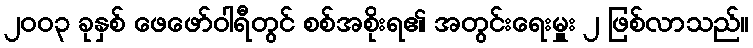
၂၀၀၃ ခုနှစ် ဖေဖော်ဝါရီတွင် စစ်အစိုးရ၏ အတွင်းရေးမှူး ၂ ဖြစ်လာသည်။